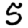
Digit: 5